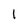
Character: I